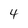
Character: 4